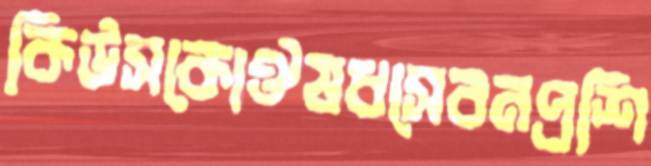
কিউসকোঔষধসেবনপ্রশি